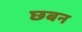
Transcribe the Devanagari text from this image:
छबन